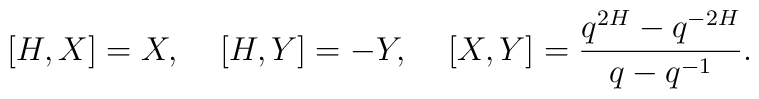
[H,X]=X, \;\;\;\; [H,Y]=-Y, \;\;\;\;[X,Y]=\frac{q^{2H}-q^{-2H}}{q-q^{-1}}.